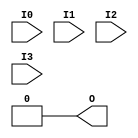
module LUT4(output O, input I0, I1, I2, I3);
  parameter [15:0] INIT = 0;
  wire [ 7: 0] s3 = I3 ? INIT[15: 8] : INIT[ 7: 0];
  wire [ 3: 0] s2 = I2 ?   s3[ 7: 4] :   s3[ 3: 0];
  wire [ 1: 0] s1 = I1 ?   s2[ 3: 2] :   s2[ 1: 0];
  assign O = I0 ? s1[1] : s1[0];
  specify
    (I0 => O) = 472;
    (I1 => O) = 407;
    (I2 => O) = 238;
    (I3 => O) = 127;
  endspecify
endmodule